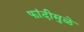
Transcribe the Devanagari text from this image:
फांदीमुळे